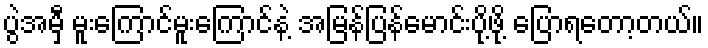
ပွဲအမှီ မူးကြောင်မူးကြောင်နဲ့ အမြန်ပြန်မောင်းပို့ဖို့ ပြောရတော့တယ်။